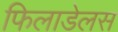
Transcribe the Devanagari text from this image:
फिलाडेलस